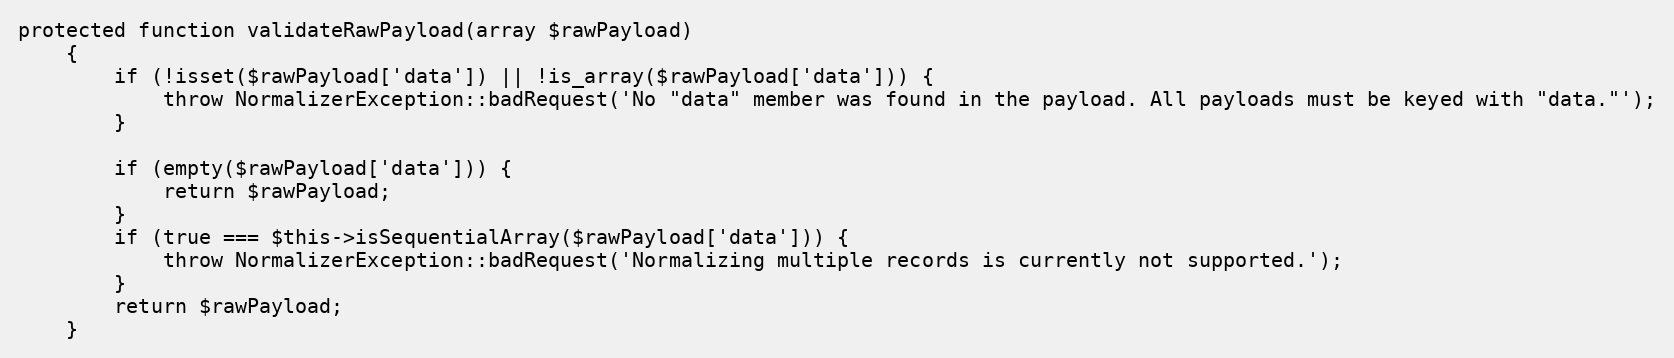
Language: PHP
protected function validateRawPayload(array $rawPayload)
    {
        if (!isset($rawPayload['data']) || !is_array($rawPayload['data'])) {
            throw NormalizerException::badRequest('No "data" member was found in the payload. All payloads must be keyed with "data."');
        }

        if (empty($rawPayload['data'])) {
            return $rawPayload;
        }
        if (true === $this->isSequentialArray($rawPayload['data'])) {
            throw NormalizerException::badRequest('Normalizing multiple records is currently not supported.');
        }
        return $rawPayload;
    }